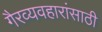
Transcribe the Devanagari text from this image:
गैरव्यवहारांसाठी